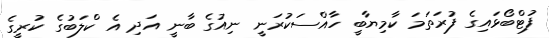
ފުޓްބޯޅައިގެ ފުރަތަމަ ކާމިޔާބީ ހާއްސަކުރަނީ ނިއުގެ ބާނީ އަދި އެ ކްލަބުގެ ކުރީގެ